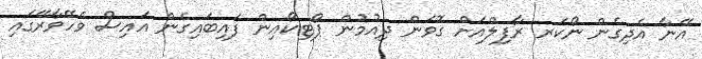
އޭނާ އެދިގެން ނޯކަރ ރާފިލްއަށް ގޮވަން ދިއުމުން ޕޯޓިކޯއިން ފައިބައިގެން އައިސް ވެހޭވާރޭގައި